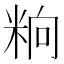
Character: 𥹝